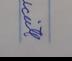
Signature authenticity: genuine